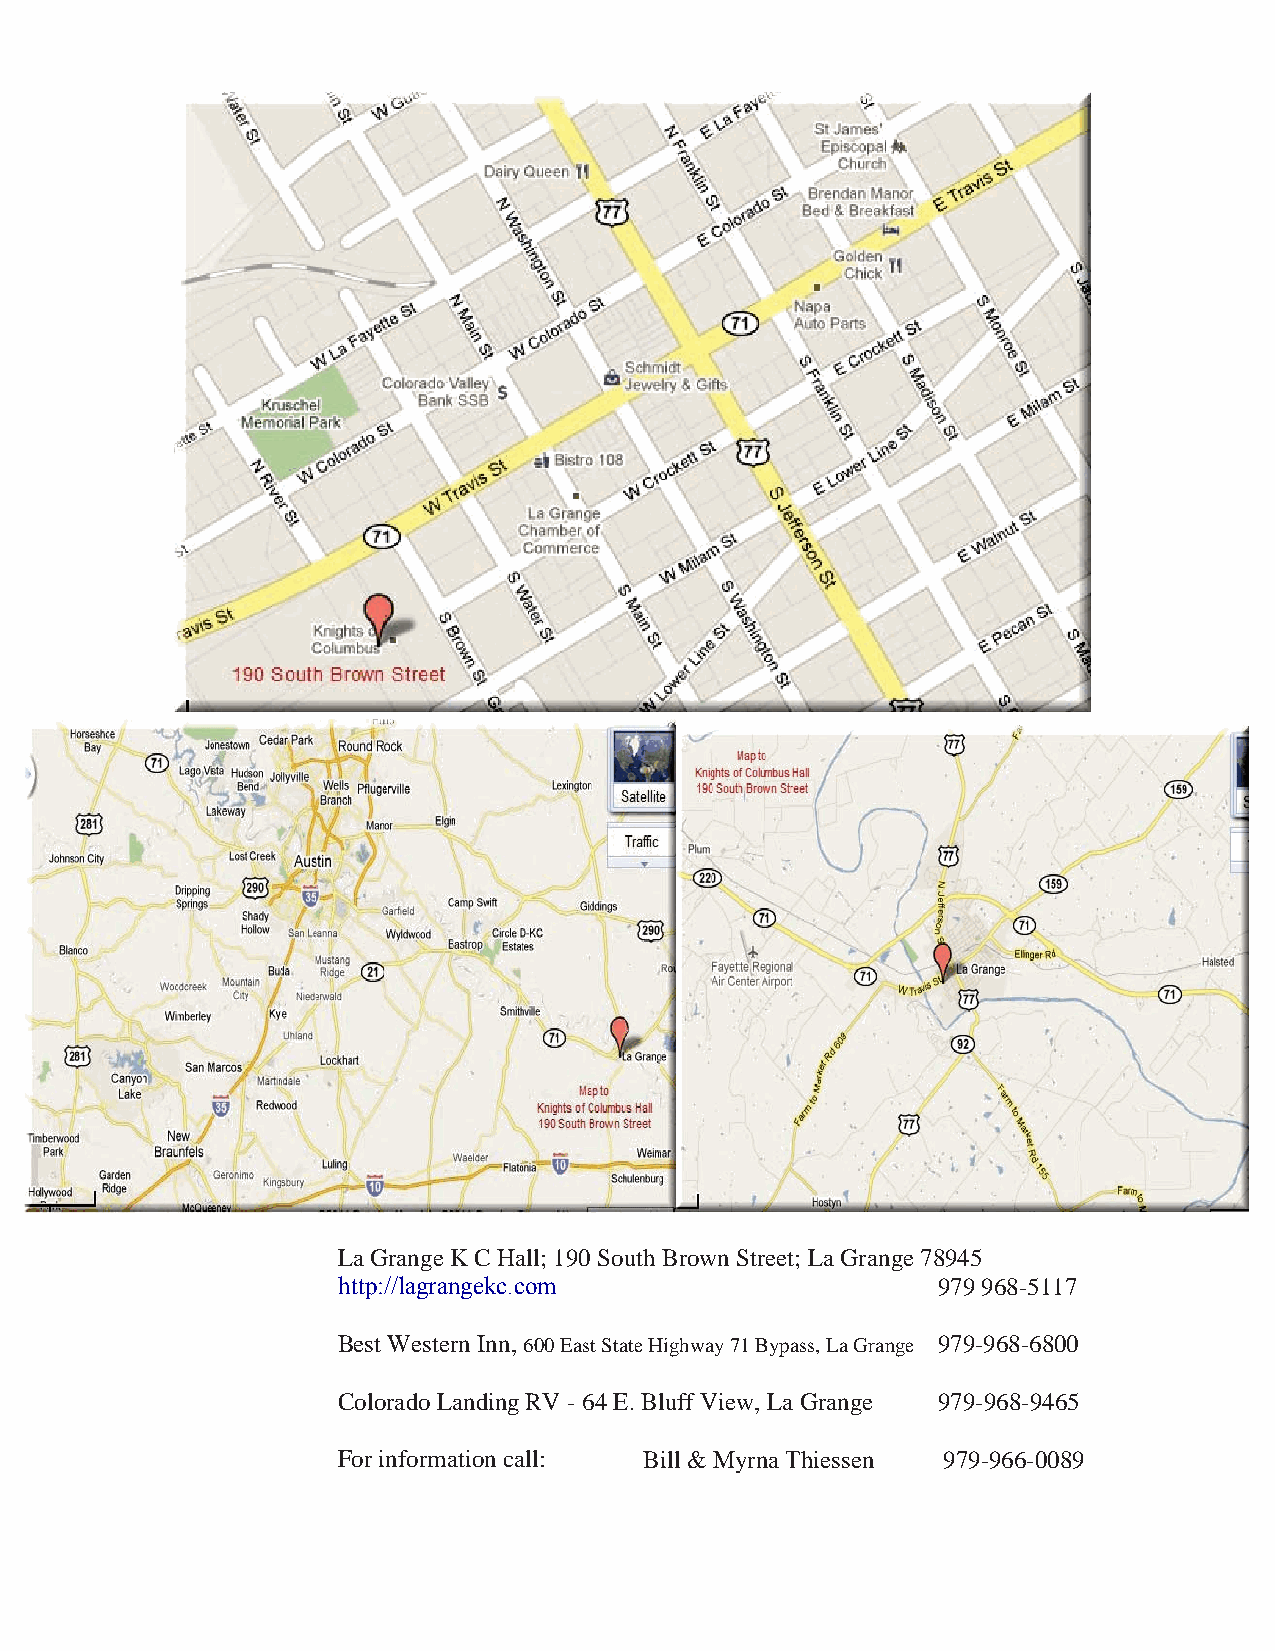
La Grange K C Hall; 190 South Brown Street; La Grange 78945
 http://lagrangekc.com                   979 968-5117
 Best Western Inn, 600 East State Highway 71 Bypass, La Grange 979-968-6800
 Colorado Landing RV - 64 E. Bluff View, La Grange 979-968-9465
 For information call: Bill & Myrna Thiessen 979-966-0089